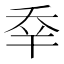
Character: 𠂷